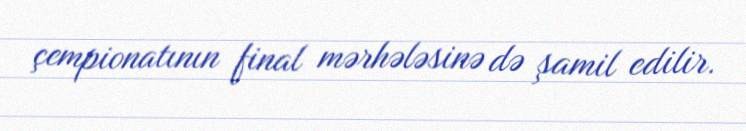
çempionatının final mərhələsinə də şamil edilir.